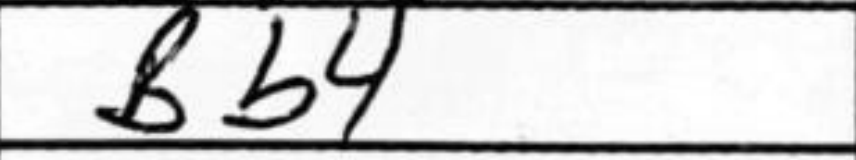
Transcription: Bb4